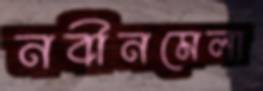
নবীনমেলা